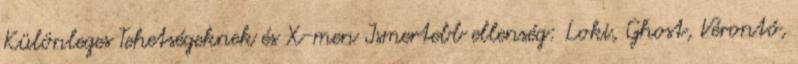
Különleges Tehetségeknek és X-men Ismertebb ellenség: Loki, Ghost, Vérontó,